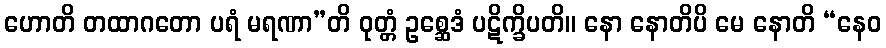
ဟောတိ တထာဂတော ပရံ မရဏာ”တိ ဝုတ္တံ ဥစ္ဆေဒံ ပဋိက္ခိပတိ။ နော နောတိပိ မေ နောတိ “နေဝ